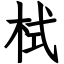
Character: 栻